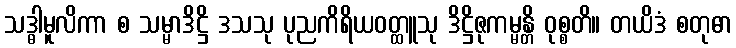
သဒ္ဓါမူလိကာ စ သမ္မာဒိဋ္ဌိ ဒသသု ပုညကိရိယဝတ္ထူသု ဒိဋ္ဌိဇုကမ္မန္တိ ဝုစ္စတိ။ တယိဒံ စတုဓာ